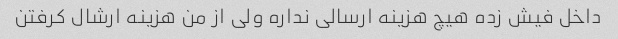
داخل فیش زده هیچ هزینه ارسالی نداره ولی از من هزینه ارشال کرفتن